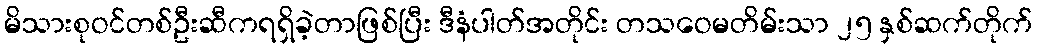
မိသားစုဝင်တစ်ဦးဆီကရရှိခဲ့တာဖြစ်ပြီး ဒီနံပါတ်အတိုင်း တသဝေမတိမ်းသာ ၂၅ နှစ်ဆက်တိုက်